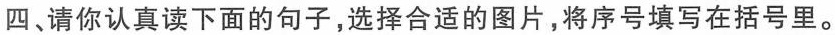
四、请你认真读下面的句子,选择合适的图片,将序号填写在括号里。